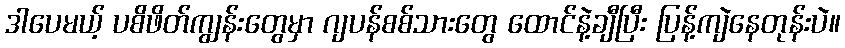
ဒါပေမယ့် ပစိဖိတ်ကျွန်းတွေမှာ ဂျပန်စစ်သားတွေ ထောင်နဲ့ချီပြီး ပြန့်ကျဲနေတုန်းပဲ။